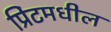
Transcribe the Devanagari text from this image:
प्रिंटमधील